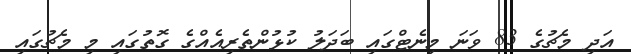
އަދި މެޗުގެ 83 ވަނަ މިނެޓްގައި ބަދަލު ކުޅުންތެރިއެއްގެ ގޮތުގައި މި މެޗުގައި